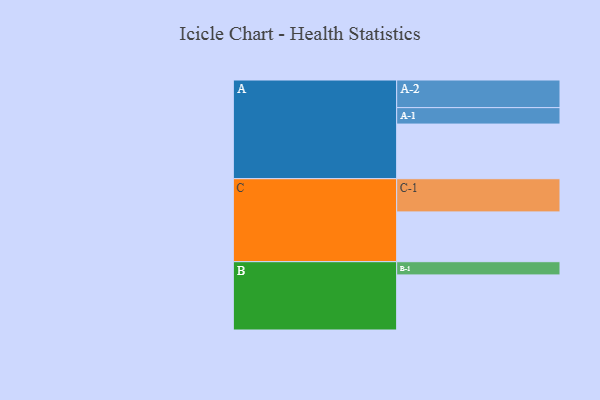
{"axis": {"x": "Segment", "y": "Value"}, "legend": ["", "A", "B", "C"], "data": [{"x": "A", "y": 372, "type": ""}, {"x": "B", "y": 375, "type": ""}, {"x": "C", "y": 339, "type": ""}, {"x": "A-1", "y": 112, "type": "A"}, {"x": "A-2", "y": 188, "type": "A"}, {"x": "B-1", "y": 90, "type": "B"}, {"x": "C-1", "y": 226, "type": "C"}]}